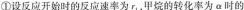
①设反应开始时的反应速率为 r _ { 1 }，甲烷的转化率为 a 时的